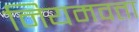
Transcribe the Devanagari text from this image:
नियमवत्ता